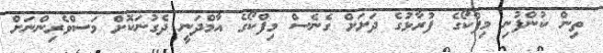
ތިން ކުންފުނި މިފްކޯގެ ފުރާޅުގެ ދަށަށް ގެނެސް މިފްކޯގެ އާމްދަނީ ދެގުނަކޮށް މަސްވެރިންނަށް